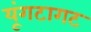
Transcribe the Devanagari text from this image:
यूंगटागट